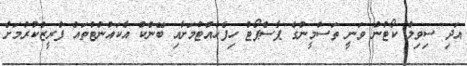
އަދި ސިވިލް ކޯޓުން ވަނީ ތަސްމީންގެ ޕާސްޕޯޓް ހިފެހެއްޓުމަށާއި ބޭންކް އެކައުންޓްތައް ފްރީޒްކުރުމަށް